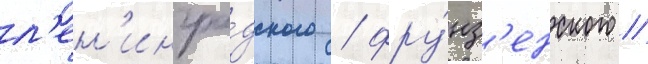
л'ен'ингра́дского / фру́нз'енского /